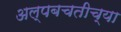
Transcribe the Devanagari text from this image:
अल्पबचतीच्या